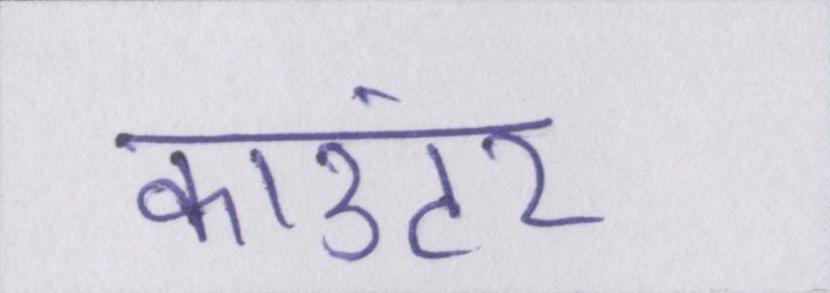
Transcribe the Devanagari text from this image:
काउंटर